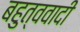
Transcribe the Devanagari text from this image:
बहुत्ववादी